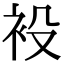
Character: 𧘣